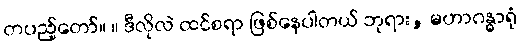
တပည့်တော်။ ။ ဒီလိုလဲ ထင်စရာ ဖြစ်နေပါတယ် ဘုရား, မဟာဂန္ဓာရုံ